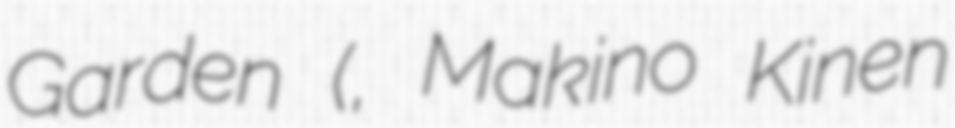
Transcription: Garden (牧野記念庭園, Makino Kinen